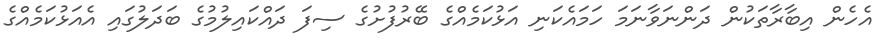
އެހެން އިބާރާތަކުން ދަންނަވާނަމަ ހަމައެކަނި އަޅުކަމެއްގެ ބޭރުފުށުގެ ސިފަ ދައްކައިލުމުގެ ބަދަލުގައި އެއަޅުކަމެއްގެ